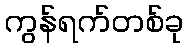
ကွန်ရက်တစ်ခု